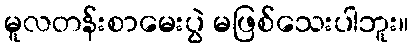
မူလတန်းစာမေးပွဲ မဖြစ်သေးပါဘူး။